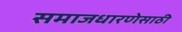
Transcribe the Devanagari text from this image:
समाजधारणेसाठी